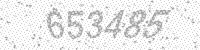
Solution: 653485